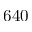
6 4 0